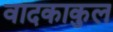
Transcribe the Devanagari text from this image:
वादकाकुल